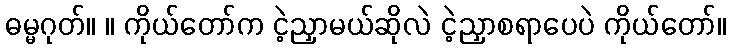
ဓမ္မဂုတ်။ ။ ကိုယ်တော်က ငဲ့ညှာမယ်ဆိုလဲ ငဲ့ညှာစရာပေပဲ ကိုယ်တော်။